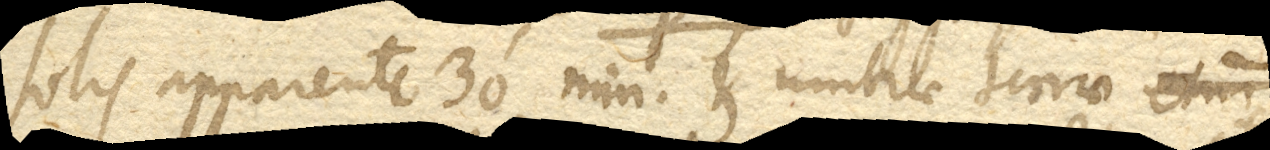
solis apparente 30’ min. et umbrae terrae